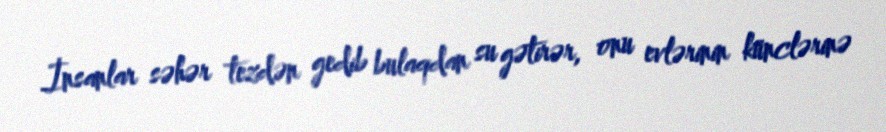
İnsanlar səhər tezdən gedib bulaqdan su gətirər, onu evlərinin künclərinə